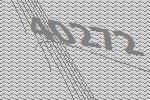
40272